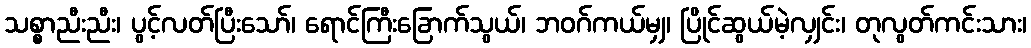
သစ္စာညီးညီး၊ ပွင့်လတ်ပြီးသော်၊ ရောင်ကြီးခြောက်သွယ်၊ ဘဝဂ်ကယ်မျှ၊ ပြိုင်ဆွယ်မဲ့လျှင်း၊ တုလွတ်ကင်းသား၊